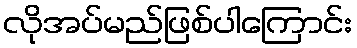
လိုအပ်မည်ဖြစ်ပါကြောင်း